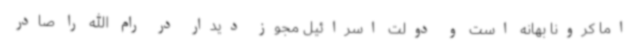
اما کرونا بهانه است و دولت اسرائیل مجوز دیدار در رام الله را صادر